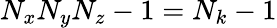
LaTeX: N_{x}N_{y}N_{z}-1=N_{k}-1